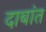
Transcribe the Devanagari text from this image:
दाबांत